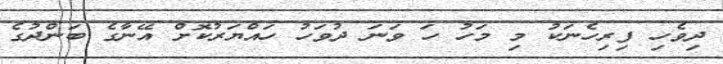
ދިވެހި ފިރިހެނަކު މި މަހު ހަ ވަނަ ދުވަހު ހައްޔަރުކޮށް އޭނާގެ ބަންދުގެ